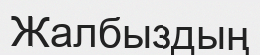
Жалбыздың